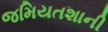
જમિયતશાની